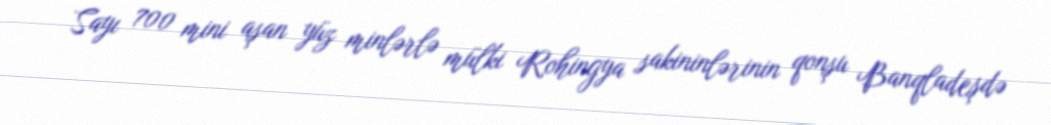
Sayı 700 mini aşan yüz minlərlə mülki Rohingya sakininlərinin qonşu Banqladeşdə